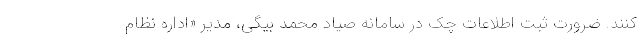
کنند. ضرورت ثبت اطلاعات چک در سامانه صیاد محمد بیگی، مدیر «اداره نظام